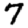
Digit: 7